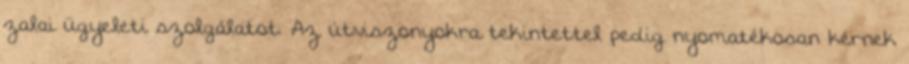
zalai ügyeleti szolgálatot. Az útviszonyokra tekintettel pedig nyomatékosan kérnek